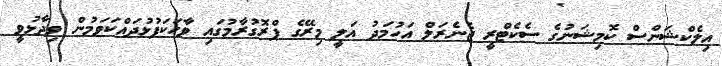
އިލެކްޝަންސް ކޮމިޝަނުގެ ސެކެޓްރީ ޖެނެރަލް އަހުމަދު އަލީ މިރޭގެ ޕްރޮގުރާމުގައި ވާހަކަފުޅުދައްކަވަމުން ވިދާޅުވީ